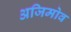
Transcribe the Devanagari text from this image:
अजिमोव